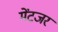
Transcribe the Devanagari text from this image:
मेंटजर